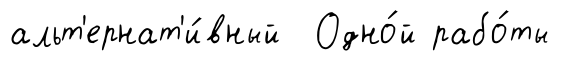
альт'ернат'и́вный Одно́й рабо́ты